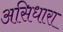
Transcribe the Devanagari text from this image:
असिधारा